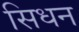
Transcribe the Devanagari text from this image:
सिधन